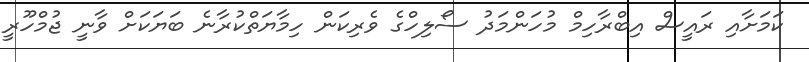
ކަމަށާއި ރައީސް އިބްރާހިމް މުހަންމަދު ސޯލިހްގެ ވެރިކަން ހިމާޔަތްކުރާނެ ބަޔަކަށް ވާނީ ޖުމްހޫރީ